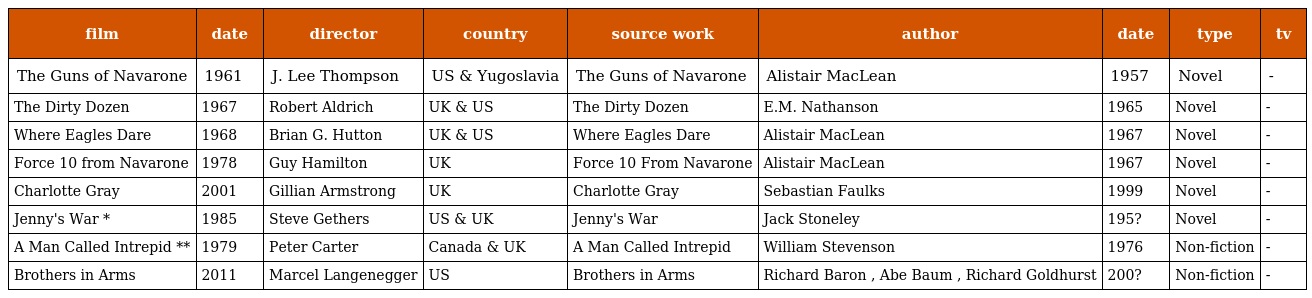
| film | date | director | country | source work | author | date | type | tv |
 | --- | --- | --- | --- | --- | --- | --- | --- | --- |
 | The Guns of Navarone | 1961 | J. Lee Thompson | US & Yugoslavia | The Guns of Navarone | Alistair MacLean | 1957 | Novel | - |
 | The Dirty Dozen | 1967 | Robert Aldrich | UK & US | The Dirty Dozen | E.M. Nathanson | 1965 | Novel | - |
 | Where Eagles Dare | 1968 | Brian G. Hutton | UK & US | Where Eagles Dare | Alistair MacLean | 1967 | Novel | - |
 | Force 10 from Navarone | 1978 | Guy Hamilton | UK | Force 10 From Navarone | Alistair MacLean | 1967 | Novel | - |
 | Charlotte Gray | 2001 | Gillian Armstrong | UK | Charlotte Gray | Sebastian Faulks | 1999 | Novel | - |
 | Jenny's War * | 1985 | Steve Gethers | US & UK | Jenny's War | Jack Stoneley | 195? | Novel | - |
 | A Man Called Intrepid ** | 1979 | Peter Carter | Canada & UK | A Man Called Intrepid | William Stevenson | 1976 | Non-fiction | - |
 | Brothers in Arms | 2011 | Marcel Langenegger | US | Brothers in Arms | Richard Baron , Abe Baum , Richard Goldhurst | 200? | Non-fiction | - |